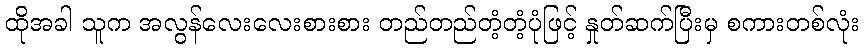
ထိုအခါ သူက အလွန်လေးလေးစားစား တည်တည်တံ့တံ့ပုံဖြင့် နှုတ်ဆက်ပြီးမှ စကားတစ်လုံး